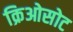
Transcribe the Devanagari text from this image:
क्रिओसोट